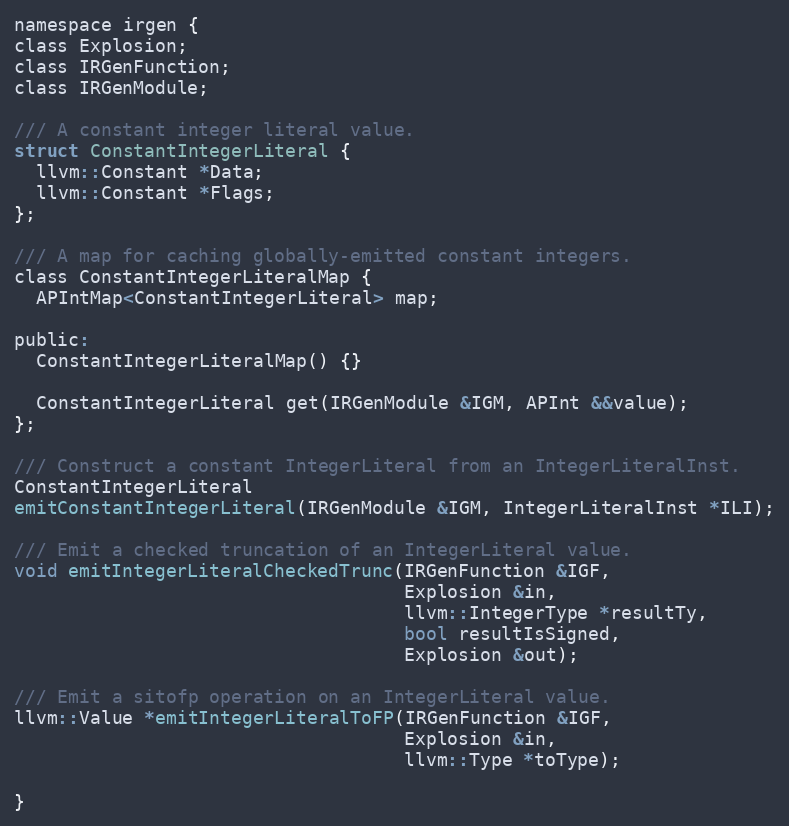
Language: C
namespace irgen {
class Explosion;
class IRGenFunction;
class IRGenModule;

/// A constant integer literal value.
struct ConstantIntegerLiteral {
  llvm::Constant *Data;
  llvm::Constant *Flags;
};

/// A map for caching globally-emitted constant integers.
class ConstantIntegerLiteralMap {
  APIntMap<ConstantIntegerLiteral> map;

public:
  ConstantIntegerLiteralMap() {}

  ConstantIntegerLiteral get(IRGenModule &IGM, APInt &&value);
};

/// Construct a constant IntegerLiteral from an IntegerLiteralInst.
ConstantIntegerLiteral
emitConstantIntegerLiteral(IRGenModule &IGM, IntegerLiteralInst *ILI);

/// Emit a checked truncation of an IntegerLiteral value.
void emitIntegerLiteralCheckedTrunc(IRGenFunction &IGF,
                                    Explosion &in,
                                    llvm::IntegerType *resultTy,
                                    bool resultIsSigned,
                                    Explosion &out);

/// Emit a sitofp operation on an IntegerLiteral value.
llvm::Value *emitIntegerLiteralToFP(IRGenFunction &IGF,
                                    Explosion &in,
                                    llvm::Type *toType);

}